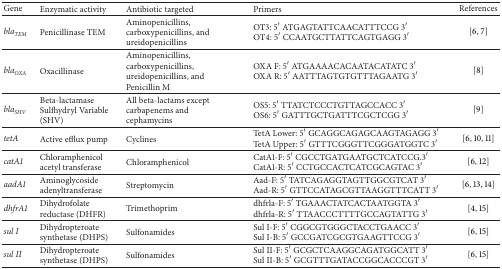
| Gene | Enzymatic activity | Antibiotic targeted | Primers | References |
 | --- | --- | --- | --- | --- |
 | blaTEM | Penicillinase TEM | Aminopenicillins, carboxypenicillins, and ureidopenicillins | OT3: 5′ ATGAGTATTCAACATTTCCG 3′ OT4: 5′ CCAATGCTTATTCAGTGAGG 3′ | [6, 7] |
 | blaOXA | Oxacillinase | Aminopenicillins, carboxypenicillins, ureidopenicillins, and Penicillin M | OXA F: 5′ ATGAAAACACAATACATATC 3′ OXA R: 5′ AATTTAGTGTGTTTAGAATG 3′ | [8] |
 | blaSHV | Beta-lactamase Sulfhydryl Variable (SHV) | All beta-lactams except carbapenems and cephamycins | OS5: 5′ TTATCTCCCTGTTAGCCACC 3′ OS6: 5′ GATTTGCTGATTTCGCTCGG 3′ | [9] |
 | tetA | Active efflux pump | Cyclines | TetA Lower: 5′ GCAGGCAGAGCAAGTAGAGG 3′ TetA Upper: 5′ GTTTCGGGTTCGGGATGGTC 3′ | [6, 10, 11] |
 | catA1 | Chloramphenicol acetyl transferase | Chloramphenicol | CatA1-F: 5′ CGCCTGATGAATGCTCATCCG.3′ CatA1-R: 5′ CCTGCCACTCATCGCAGTAC 3′ | [6, 12] |
 | aadA1 | Aminoglycoside adenyltransferase | Streptomycin | Aad-F: 5′ TATCAGAGGTAGTTGGCGTCAT 3′ Aad-R: 5′ GTTCCATAGCGTTAAGGTTTCATT 3′ | [6, 13, 14] |
 | dhfrA1 | Dihydrofolate reductase (DHFR) | Trimethoprim | dhfrla-F: 5′ TGAAACTATCACTAATGGTA 3′ dhfrla-R: 5′ TTAACCCTTTTGCCAGTATTG 3′ | [4, 15] |
 | sul I | Dihydropteroate synthetase (DHPS) | Sulfonamides | Sul I-F: 5′ CGGCGTGGGCTACCTGAACC 3′ Sul I-B: 5′ GCCGATCGCGTGAAGTTCCG 3′ | [6, 15] |
 | sul II | Dihydropteroate synthetase (DHPS) | Sulfonamides | Sul II-F: 5′ GCGCTCAAGGCAGATGGCATT 3′ Sul II-B: 5′ GCGTTTGATACCGGCACCCGT 3′ | [6, 15] |